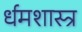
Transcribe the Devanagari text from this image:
र्धमशास्त्र